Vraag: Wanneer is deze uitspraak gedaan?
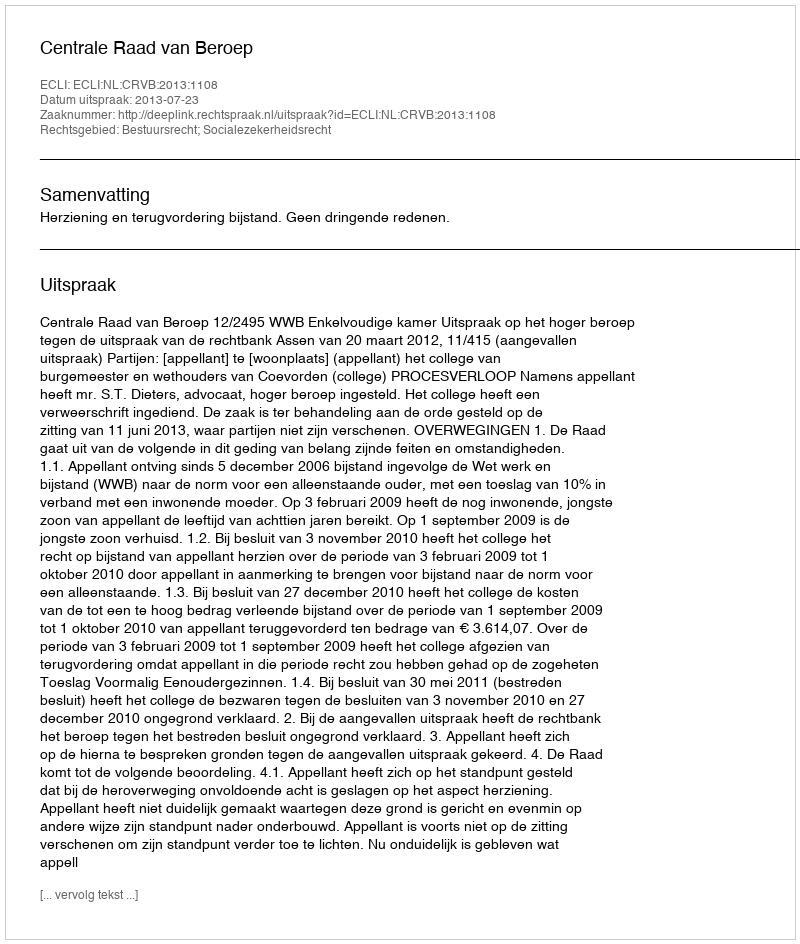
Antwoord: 2013-07-23